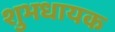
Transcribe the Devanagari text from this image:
शुभधायक